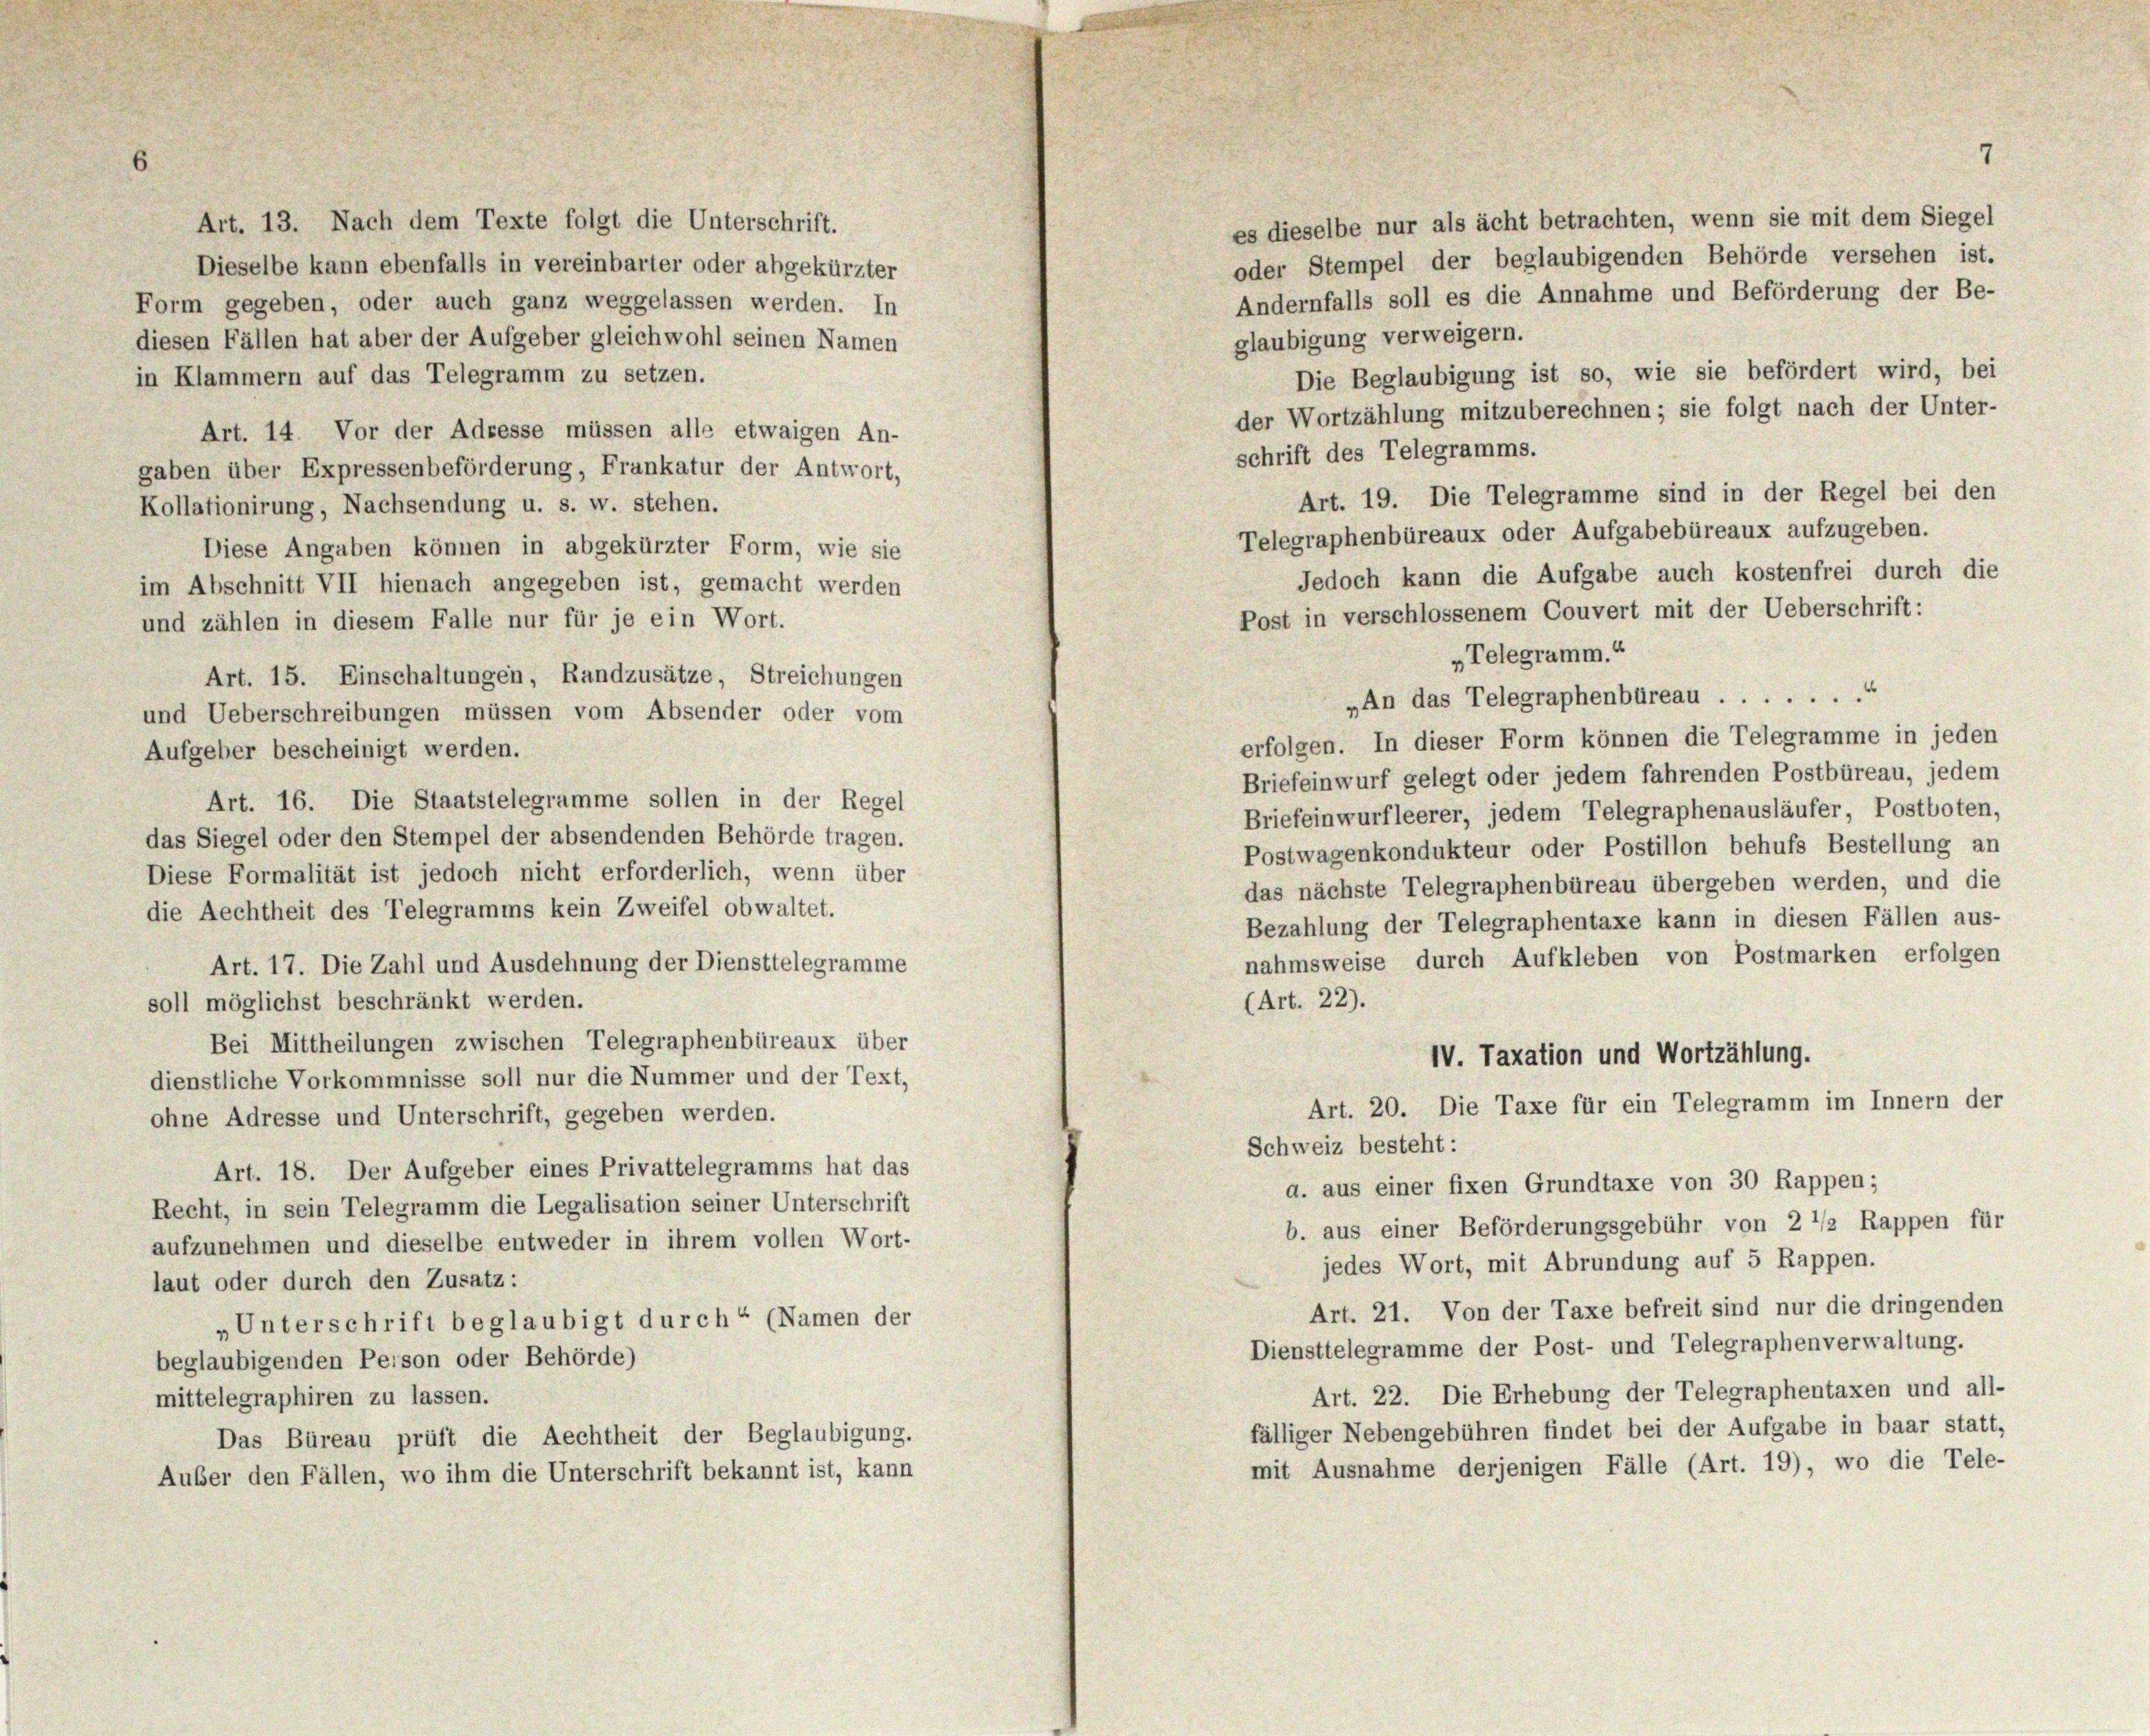
Art. 13. Nach dem Texte folgt die Unterschrift.
Dieselbe kann ebenfalls in vereinbarter oder abgekürzter
Form gegeben, oder auch ganz weggelassen werden. In
glaubigung verweigern.
liesen Fällen hat aber der Aufgeber gleichwohl seinen Namen
Die Beglaubigung ist so, wie sie befördert wird, bei
n Klammern auf das Telegramm zu setzen.
der Wortzählung mitzuberechnen; sie folgt nach der Unter-
Art. 14. Vor der Adresse müssen alle etwaigen An-
schrift des Telegramms.
gaben über Expressenbeförderung, Frankatur der Antwort,
Art. 19. Die Telegramme sind in der Regel bei den
Kollationirung, Nachsendung u. s. w. stehen.
Telegraphenbüreaux oder Aufgabebüreaux aufzugeben.
Diese Angaben können in abgekürzter Form, wie sie
Jedoch kann die Aufgabe auch kostenfrei durch die
im Abschnitt VII hienach angegeben ist, gemacht werden
Post in verschlossenem Couvert mit der Ueberschrift:
und zählen in diesem Falle nur für je ein Wort.
„Telegramm.“
Art. 15. Einschaltungen, Randzusätze, Streichungen
„An das Telegraphenbüreau ........
und Ueberschreibungen müssen vom Absender oder vom
erfolgen. In dieser Form können die Telegramme in jeden
Aufgeber bescheinigt werden.
Briefeinwurf gelegt oder jedem fahrenden Postbüreau, jedem
Art. 16. Die Staatstelegramme sollen in der Regel
Briefeinwurfleerer, jedem Telegraphenausläufer, Postboten,
das Siegel oder den Stempel der absendenden Behörde tragen.
Postwagenkondukteur oder Postillon behufs Bestellung an
Diese Formalität ist jedoch nicht erforderlich, wenn über
das nächste Telegraphenbüreau übergeben werden, und die
die Aechtheit des Telegramms kein Zweifel obwaltet.
Bezahlung der Telegraphentaxe kann in diesen Fällen aus-
nahmsweise durch Aufkleben von Postmarken erfolgen
Art. 17. Die Zahl und Ausdehnung der Diensttelegramme
soll möglichst beschränkt werden.
(Art. 22).
Bei Mittheilungen zwischen Telegraphenbüreaux über
IV. Taxation und Wortzählung.
dienstliche Vorkommnisse soll nur die Nummer und der Text,
Art. 20. Die Taxe für ein Telegramm im Innern der
ohne Adresse und Unterschrift, gegeben werden.
Schweiz besteht:
Art. 18. Der Aufgeber eines Privattelegramms hat das
d. aus einer fixen Grundtaxe von 30 Rappen;
Recht, in sein Telegramm die Legalisation seiner Unterschrift
b. aus einer Beförderungsgebühr von 2 1/2 Rappen für
aufzunehmen und dieselbe entweder in ihrem vollen Wort-
jedes Wort, mit Abrundung auf 5 Rappen.
laut oder durch den Zusatz:
Art. 21. Von der Taxe befreit sind nur die dringenden
„Unterschrift beglaubigt durch“ (Namen der
Diensttelegramme der Post- und Telegraphenverwaltung.
beglaubigenden Person oder Behörde)
Art. 22. Die Erhebung der Telegraphentaxen und all-
mittelegraphiren zu lassen.
fälliger Nebengebühren findet bei der Aufgabe in baar statt,
Das Büreau prüft die Aechtheit der Beglaubigung.
mit Ausnahme derjenigen Fälle (Art. 19), wo die Tele-
Auber den Fällen, wo ihm die Unterschrift bekannt ist, kann

es dieselbe nur als ächt betrachten, wenn sie mit dem Siegel
oder Stempel der beglaubigenden Behörde versehen ist.
Andernfalls soll es die Annahme und Beförderung der Be-

7